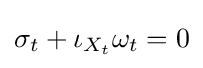
\sigma _{t}+\iota _{X_{t}}\omega _{t}=0